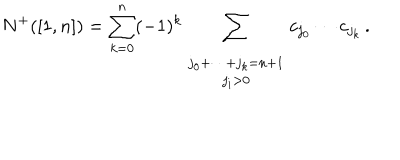
LaTeX: N ^ { + } ( [ 1 , n ] ) = \sum _ { k = 0 } ^ { n } ( - 1 ) ^ { k } \sum _ { \begin{array} { c } { { \scriptstyle j _ { 0 } + \dots + j _ { k } = n + 1 } } \\ { { \scriptstyle j _ { i } > 0 } } \\ \end{array} } c _ { j _ { 0 } } \cdots c _ { j _ { k } } \, .